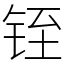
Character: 铚